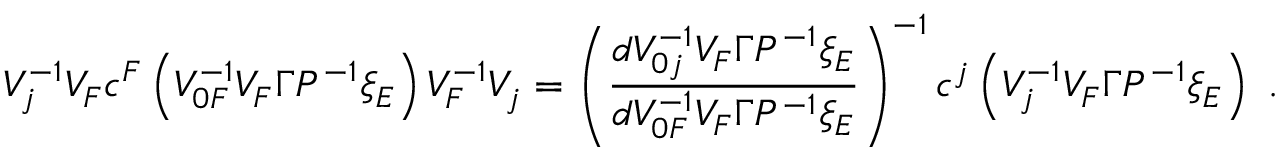
V _ { j } ^ { - 1 } V _ { F } c ^ { F } \left( V _ { 0 F } ^ { - 1 } V _ { F } \Gamma { \cal P } ^ { - 1 } \xi _ { E } \right) V _ { F } ^ { - 1 } V _ { j } = \left( \frac { d V _ { 0 j } ^ { - 1 } V _ { F } \Gamma { \cal P } ^ { - 1 } \xi _ { E } } { d V _ { 0 F } ^ { - 1 } V _ { F } \Gamma { \cal P } ^ { - 1 } \xi _ { E } } \right) ^ { - 1 } c ^ { j } \left( V _ { j } ^ { - 1 } V _ { F } \Gamma { \cal P } ^ { - 1 } \xi _ { E } \right) \ .